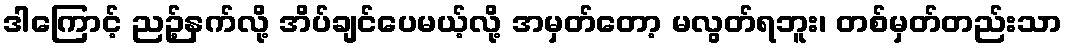
ဒါကြောင့် ညဉ့်နက်လို့ အိပ်ချင်ပေမယ့်လို့ အမှတ်တော့ မလွတ်ရဘူး၊ တစ်မှတ်တည်းသာ